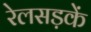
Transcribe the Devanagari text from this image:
रेलसड़कें